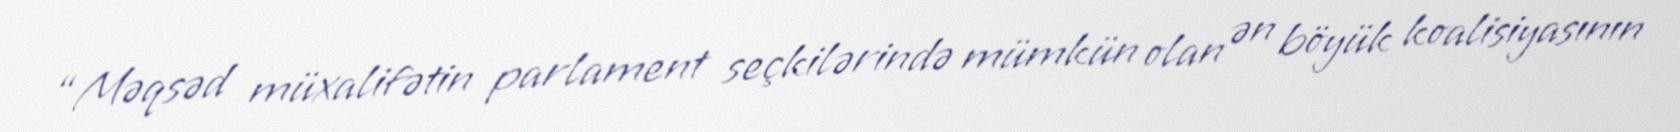
“Məqsəd müxalifətin parlament seçkilərində mümkün olan ən böyük koalisiyasının